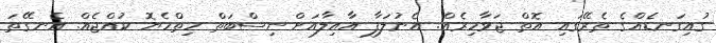
ގުއިގަނޑެއްގެ ތެރޭގައި އޮތް ޖަވާހިރެއް. އެނުލަފާ އާއިލާއަށް ނިސްބަތް ހިތްހެޔޮ ކުއްޖެއް. އެނގޭތަ